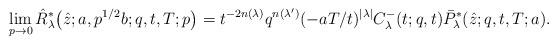
LaTeX: \begin{gather*}\lim_{p\to 0}\hat{R}^*_\lambda\big(\hat{z};a,p^{1/2}b;q,t,T;p\big)=t^{-2n(\lambda)}q^{n(\lambda')}(-aT/t)^{|\lambda|}C^-_\lambda(t;q,t)\bar{P}^*_\lambda(\hat{z};q,t,T;a).\end{gather*}